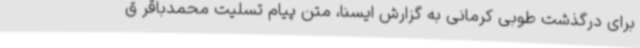
برای درگذشت طوبی کرمانی به گزارش ایسنا، متن پیام تسلیت محمدباقر ق